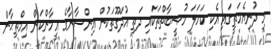
މި ދުނިޔެމަތީގައި އެކި ކަހަލަ މުޞީބާތްތަކައި ދަތި އުދަގޫތަކުން އިންސާނާގެ އީމާންކަން އިމްތިޙާން